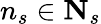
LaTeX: n_{s}\in\textbf{N}_{s}